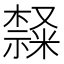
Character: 𣜩